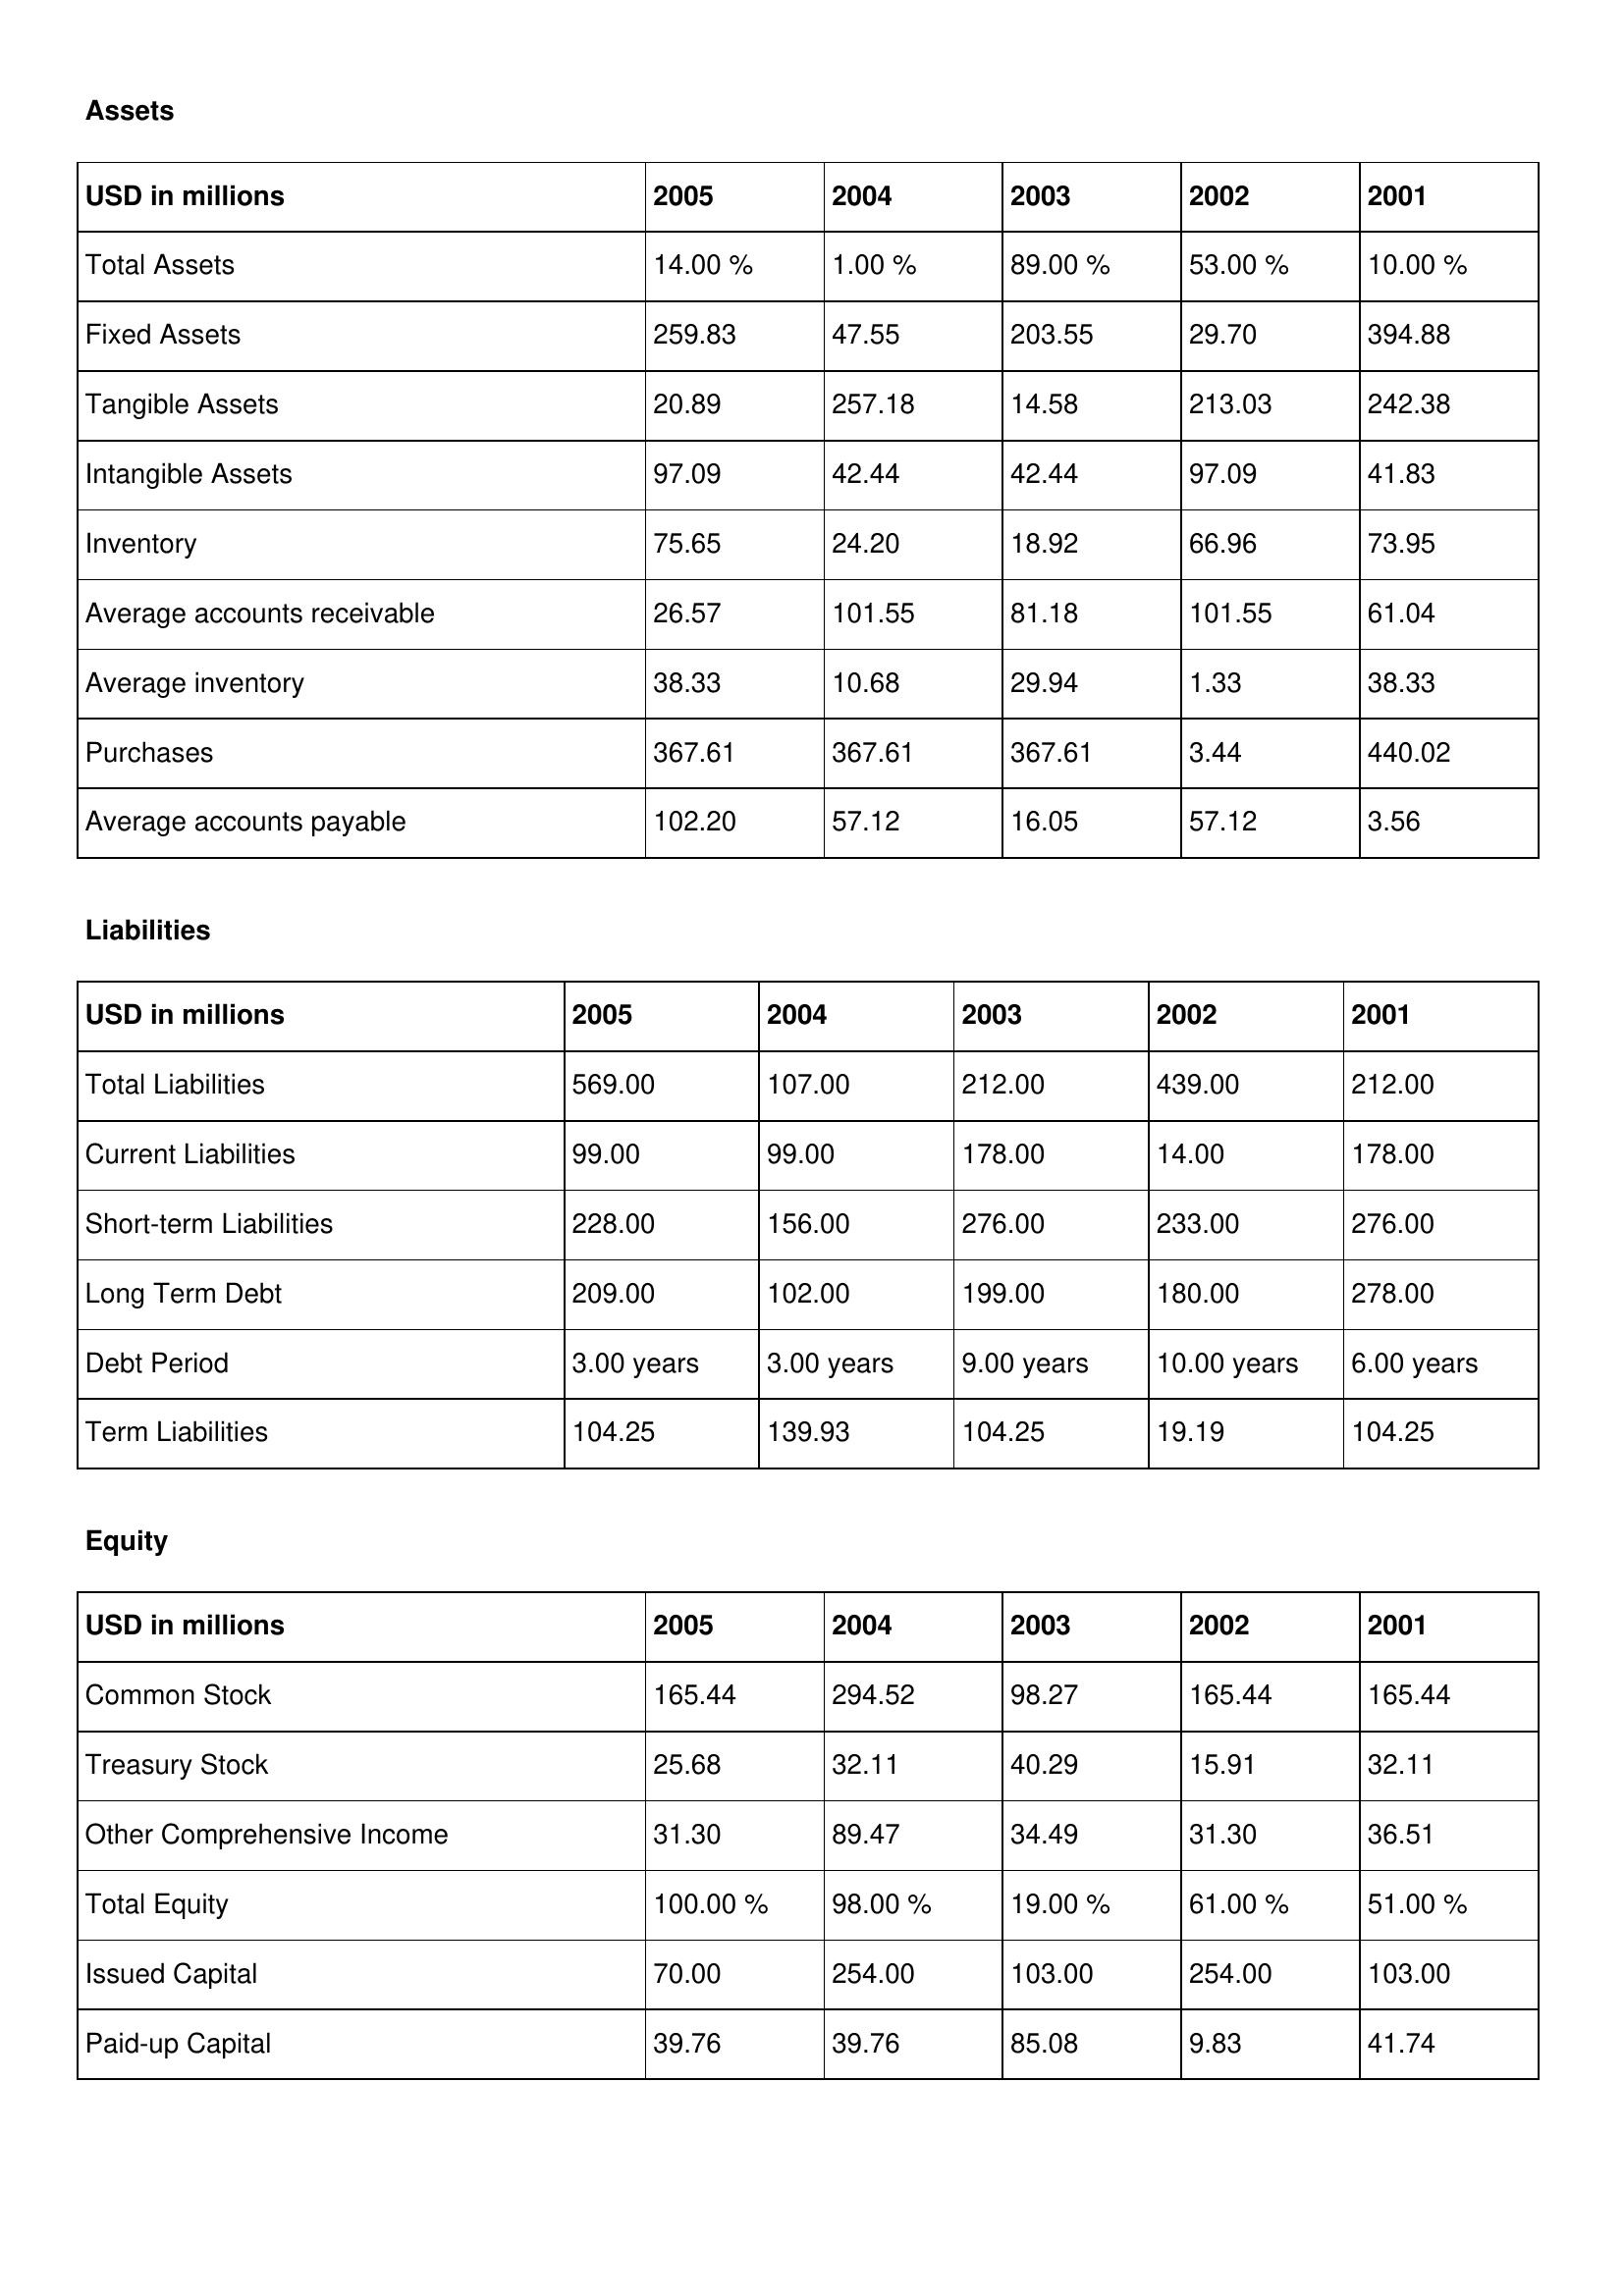
gt_parse: 2005: Assets: Total Assets: 14.00 %
Fixed Assets: 259.83
Tangible Assets: 20.89
Intangible Assets: 97.09
Inventory: 75.65
Average accounts receivable: 26.57
Average inventory: 38.33
Purchases: 367.61
Average accounts payable: 102.20
Liabilities: Total Liabilities: 569.00
Current Liabilities: 99.00
Short-term Liabilities: 228.00
Long Term Debt: 209.00
Debt Period: 3.00 years
Term Liabilities: 104.25
Equity: Common Stock: 165.44
Treasury Stock: 25.68
Other Comprehensive Income: 31.30
Total Equity: 100.00 %
Issued Capital: 70.00
Paid-up Capital: 39.76
2004: Assets: Total Assets: 1.00 %
Fixed Assets: 47.55
Tangible Assets: 257.18
Intangible Assets: 42.44
Inventory: 24.20
Average accounts receivable: 101.55
Average inventory: 10.68
Purchases: 367.61
Average accounts payable: 57.12
Liabilities: Total Liabilities: 107.00
Current Liabilities: 99.00
Short-term Liabilities: 156.00
Long Term Debt: 102.00
Debt Period: 3.00 years
Term Liabilities: 139.93
Equity: Common Stock: 294.52
Treasury Stock: 32.11
Other Comprehensive Income: 89.47
Total Equity: 98.00 %
Issued Capital: 254.00
Paid-up Capital: 39.76
2003: Assets: Total Assets: 89.00 %
Fixed Assets: 203.55
Tangible Assets: 14.58
Intangible Assets: 42.44
Inventory: 18.92
Average accounts receivable: 81.18
Average inventory: 29.94
Purchases: 367.61
Average accounts payable: 16.05
Liabilities: Total Liabilities: 212.00
Current Liabilities: 178.00
Short-term Liabilities: 276.00
Long Term Debt: 199.00
Debt Period: 9.00 years
Term Liabilities: 104.25
Equity: Common Stock: 98.27
Treasury Stock: 40.29
Other Comprehensive Income: 34.49
Total Equity: 19.00 %
Issued Capital: 103.00
Paid-up Capital: 85.08
2002: Assets: Total Assets: 53.00 %
Fixed Assets: 29.70
Tangible Assets: 213.03
Intangible Assets: 97.09
Inventory: 66.96
Average accounts receivable: 101.55
Average inventory: 1.33
Purchases: 3.44
Average accounts payable: 57.12
Liabilities: Total Liabilities: 439.00
Current Liabilities: 14.00
Short-term Liabilities: 233.00
Long Term Debt: 180.00
Debt Period: 10.00 years
Term Liabilities: 19.19
Equity: Common Stock: 165.44
Treasury Stock: 15.91
Other Comprehensive Income: 31.30
Total Equity: 61.00 %
Issued Capital: 254.00
Paid-up Capital: 9.83
2001: Assets: Total Assets: 10.00 %
Fixed Assets: 394.88
Tangible Assets: 242.38
Intangible Assets: 41.83
Inventory: 73.95
Average accounts receivable: 61.04
Average inventory: 38.33
Purchases: 440.02
Average accounts payable: 3.56
Liabilities: Total Liabilities: 212.00
Current Liabilities: 178.00
Short-term Liabilities: 276.00
Long Term Debt: 278.00
Debt Period: 6.00 years
Term Liabilities: 104.25
Equity: Common Stock: 165.44
Treasury Stock: 32.11
Other Comprehensive Income: 36.51
Total Equity: 51.00 %
Issued Capital: 103.00
Paid-up Capital: 41.74